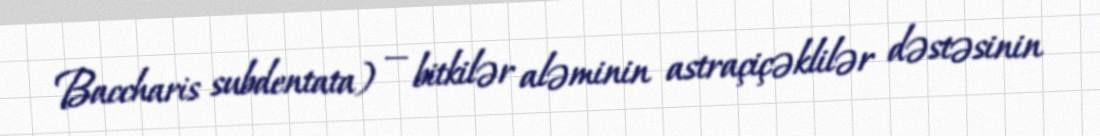
Baccharis subdentata) — bitkilər aləminin astraçiçəklilər dəstəsinin